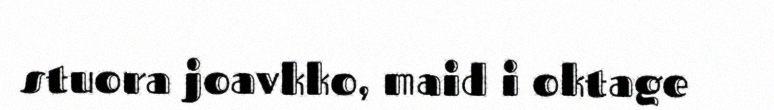
stuora joavkko, maid i oktage